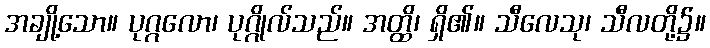
အချို့သော။ ပုဂ္ဂလော၊ ပုဂ္ဂိုလ်သည်။ အတ္ထိ၊ ရှိ၏။ သီလေသု၊ သီလတို့၌။